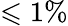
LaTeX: \leqslant 1\%